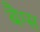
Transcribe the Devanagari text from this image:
बैग्‍स